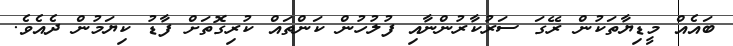
ބައެއް މީޑިޔާތަކުން ރޭގަ ސަރުކާރުންނާއި ފުލުހުން ކަންތައް ކުރިގޮތަށް ފާޑު ކިޔަމުން ދެއެވެ.